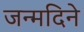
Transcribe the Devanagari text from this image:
जन्मदिने